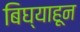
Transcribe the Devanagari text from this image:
बिघ्याहून